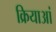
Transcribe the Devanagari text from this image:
क्रियाआं